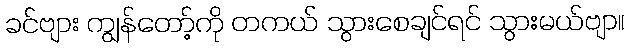
ခင်ဗျား ကျွန်တော့်ကို တကယ် သွားစေချင်ရင် သွားမယ်ဗျာ။